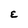
Character: E